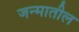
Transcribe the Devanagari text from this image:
जन्‍मातील